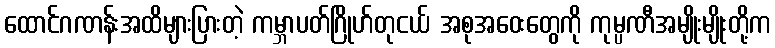
ထောင်ဂဏန်းအထိများပြားတဲ့ ကမ္ဘာပတ်ဂြိုဟ်တုငယ် အစုအဝေးတွေကို ကုမ္ပဏီအမျိုးမျိုးတို့က